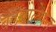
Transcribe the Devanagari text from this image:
बड़बोलेपन